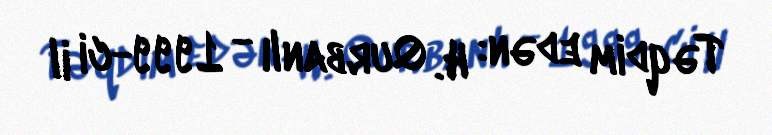
Təqdim edən: H. Qurbanlı - 1999-ci il